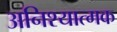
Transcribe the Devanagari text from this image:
अनिश्यात्मक